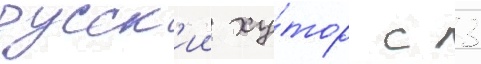
русск'ии ху́тор с 3